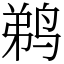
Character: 鹈